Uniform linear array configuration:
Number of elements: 48
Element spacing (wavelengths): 1
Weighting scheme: hamming
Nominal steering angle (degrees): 15
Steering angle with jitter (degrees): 15.98
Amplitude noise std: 0.05
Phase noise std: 0.05

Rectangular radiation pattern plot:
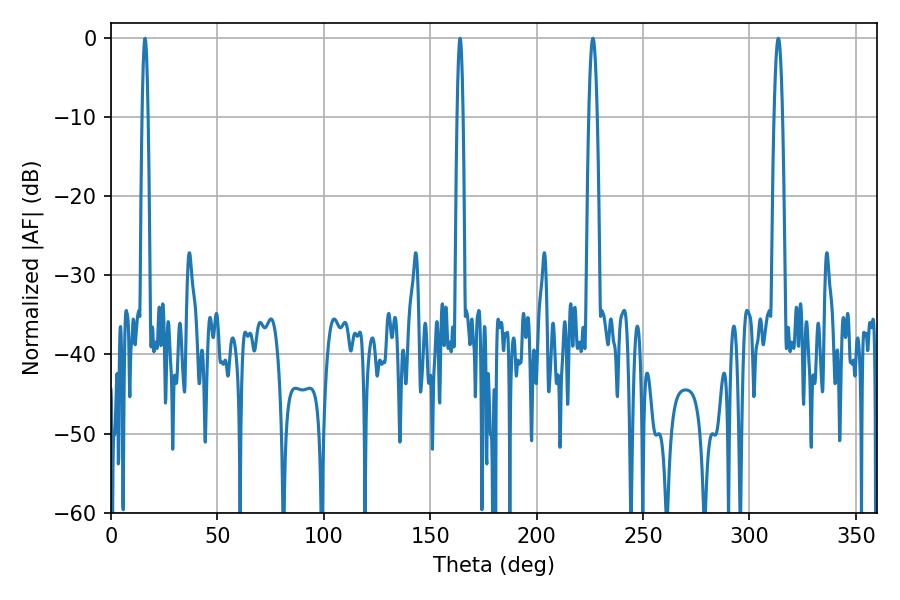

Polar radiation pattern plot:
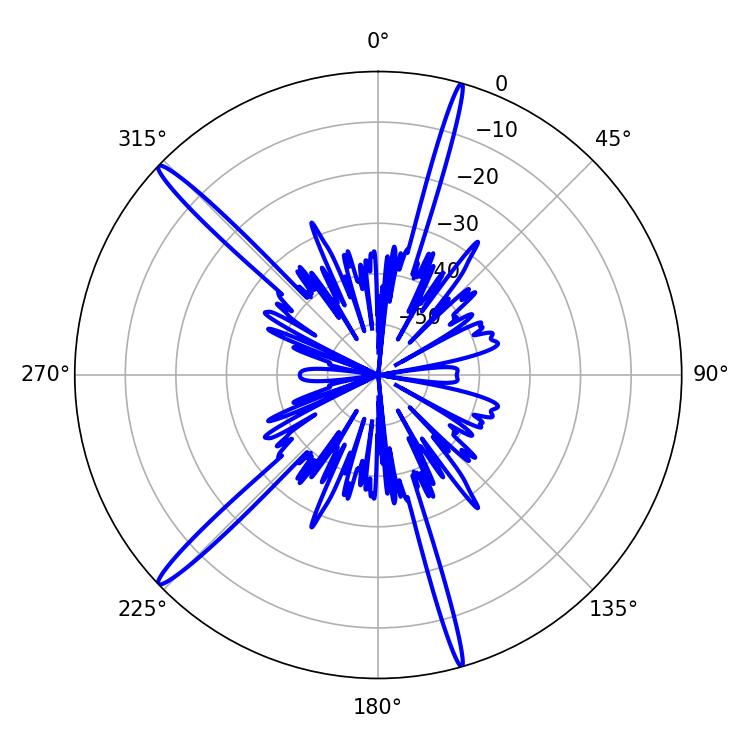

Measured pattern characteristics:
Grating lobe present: TRUE
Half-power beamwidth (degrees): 2.16
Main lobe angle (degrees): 313.56